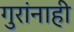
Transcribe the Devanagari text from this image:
गुरांनाही